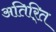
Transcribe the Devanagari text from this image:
अतिरि्‍त